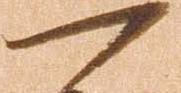
一